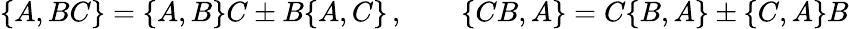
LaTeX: \{ A,BC\} =\{ A,B\} C\pm B\{ A,C\} \, ,\qquad\{ CB,A\} =C\{ B,A\} \pm\{ C,A\} B